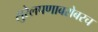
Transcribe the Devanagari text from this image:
सुरेलपणाबरोबरच